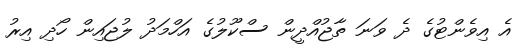
އެ އިވެންޓުގެ ދެ ވަނަ ތާޖުއްދީން ސްކޫލުގެ އަހްމަދު ލުޖައިން ހޯދި އިރު